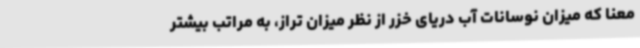
معنا که میزان نوسانات آب دریای خزر از نظر میزان تراز، به مراتب بیشتر